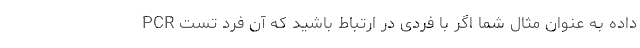
داده به عنوان مثال شما اگر با فردی در ارتباط باشید که آن فرد تست PCR